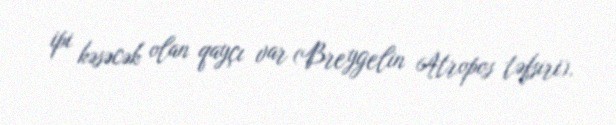
ipi kəsəcək olan qayçı var (Breygelin Atropos təfsiri).